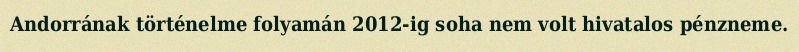
Andorrának történelme folyamán 2012-ig soha nem volt hivatalos pénzneme.